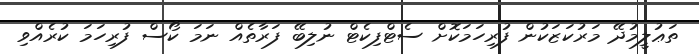
ތަޢުލީމުދޭ މަރުކަޒަކުން ފުރިހަމަކޮށް ސެޓްފިކެޓް ނުލިބޭ ފަރާތެއް ނަމަ ކޯސް ފުރިހަމަ ކުރެއްވި